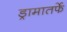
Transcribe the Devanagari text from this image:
ड्रामातर्फे